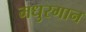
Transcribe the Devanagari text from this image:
मधुरगान